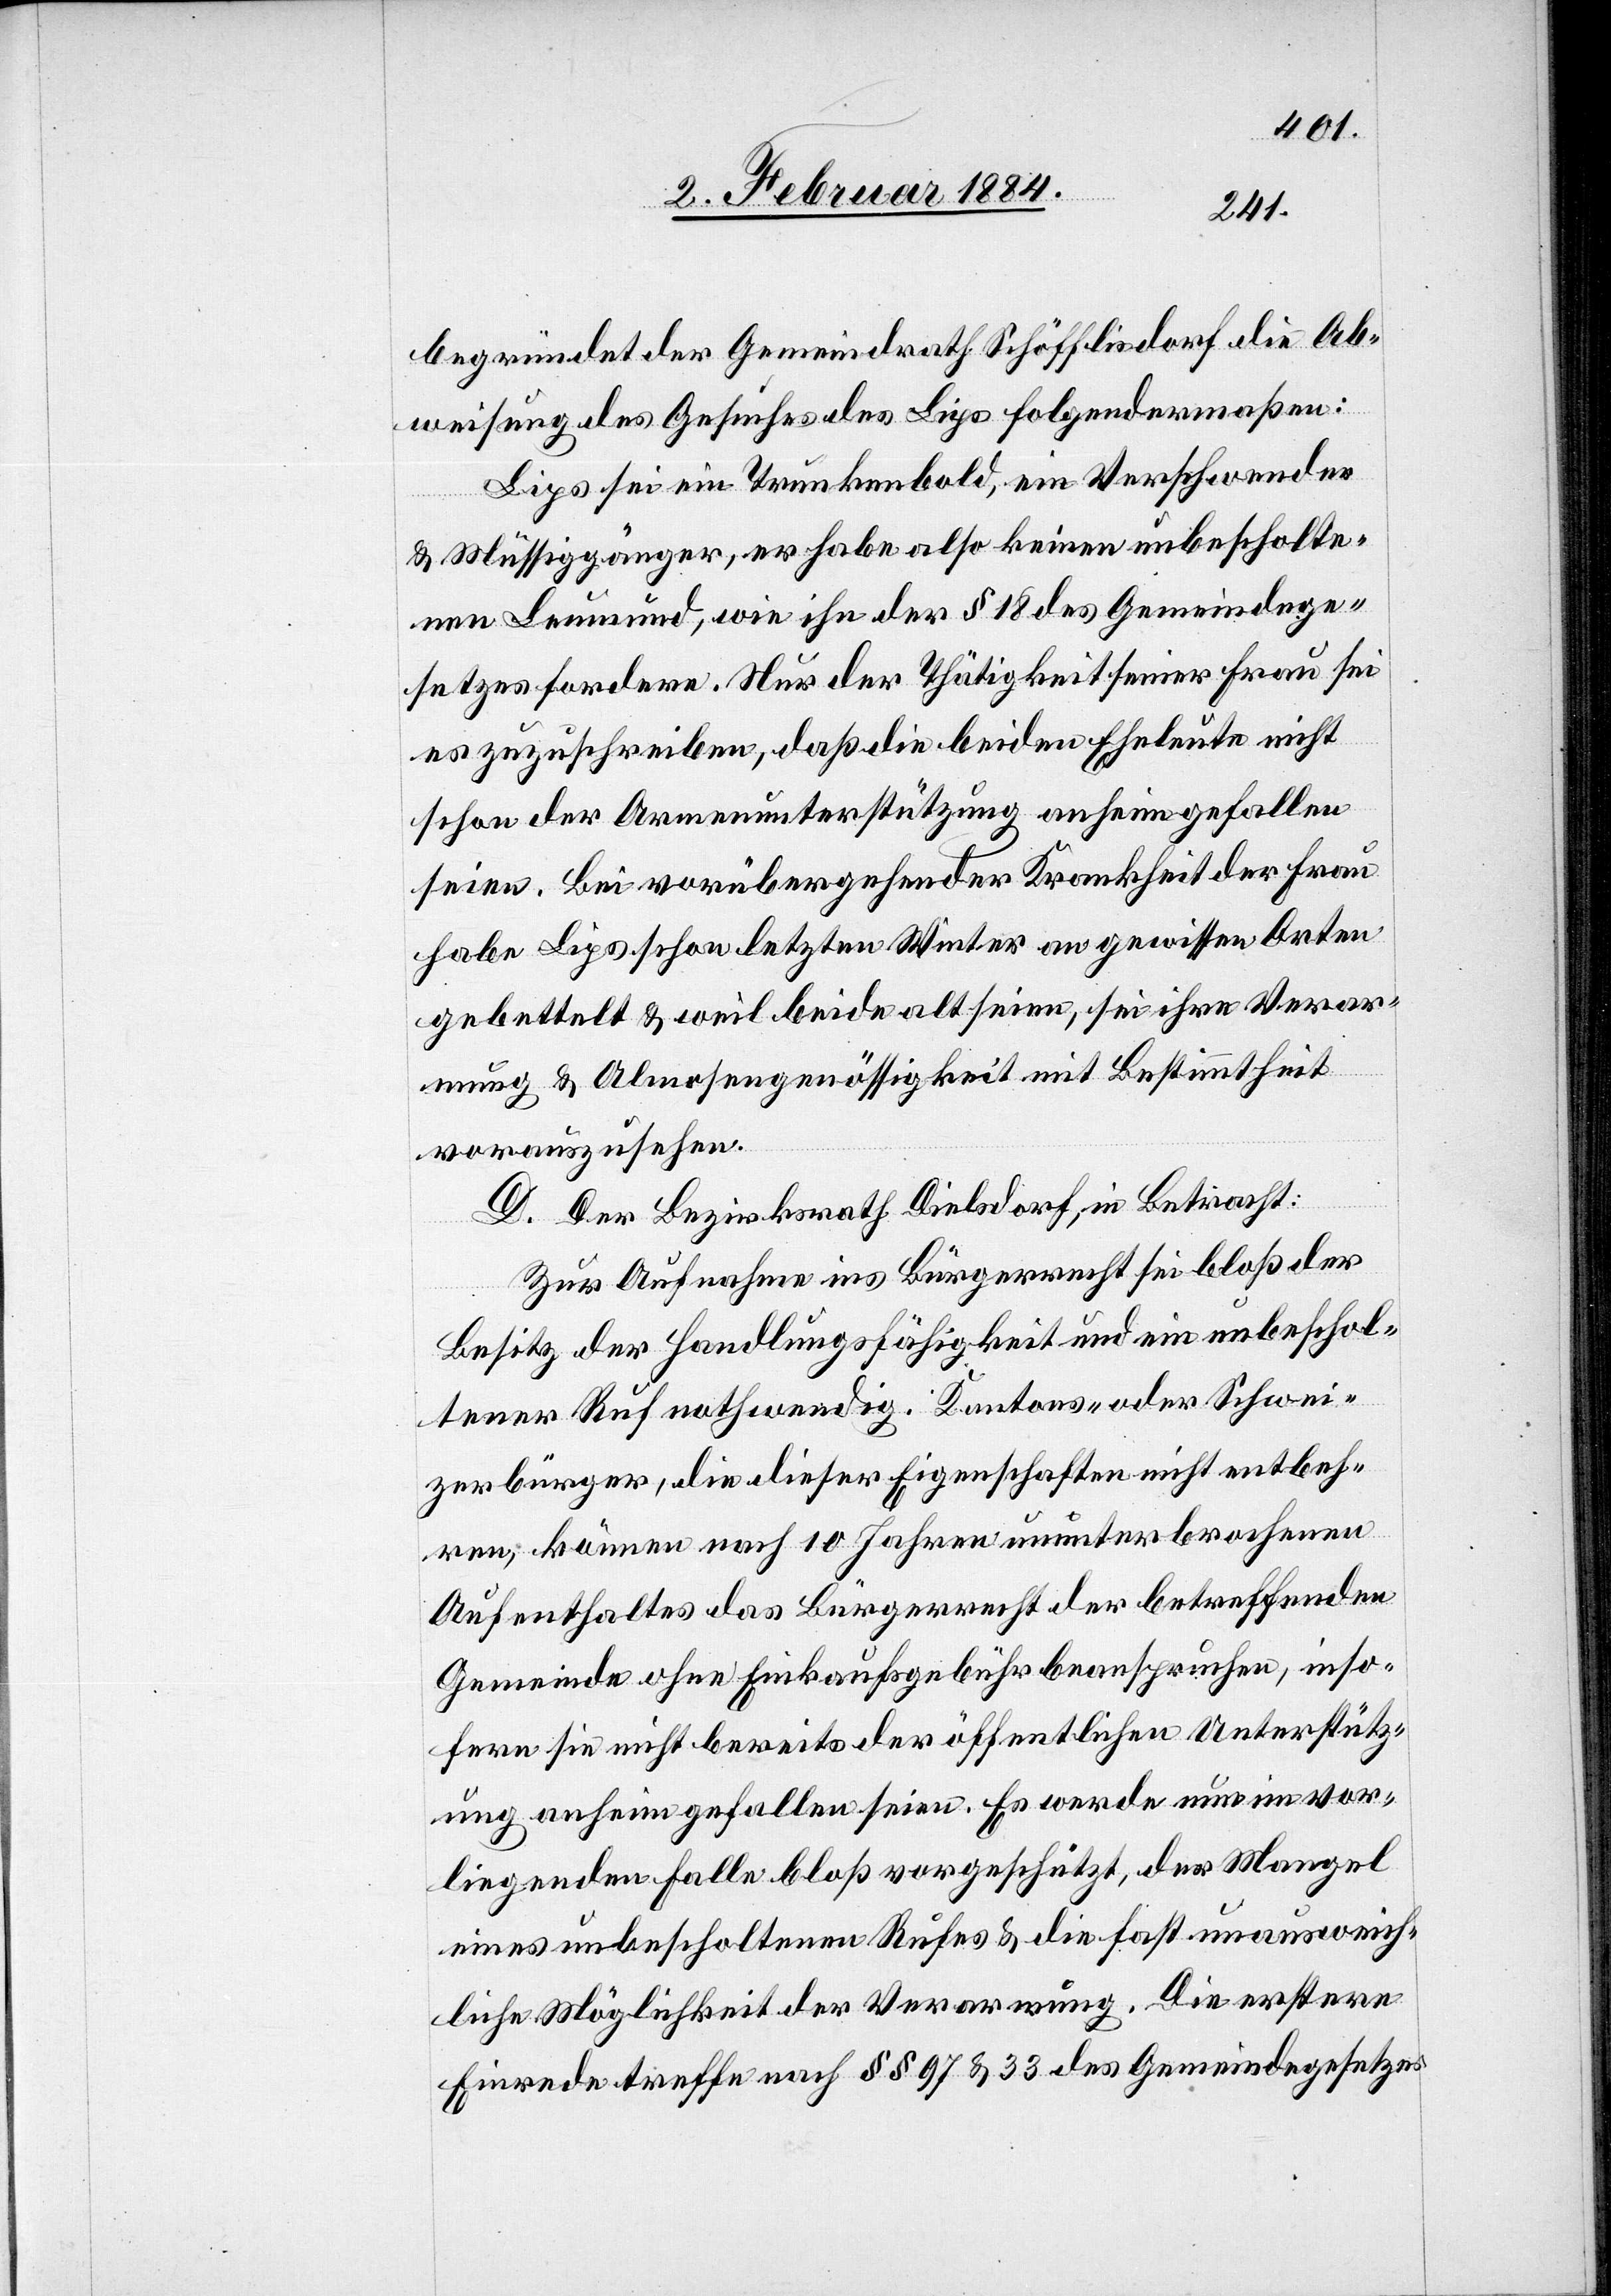
begründet der Gemeindrath Schöfflisdorf die Ab¬
weisung des Gesuches des Lips folgendermaßen:
Lips sei ein Trunkenbold, ein Verschwender
& Müßiggänger, er habe also keinen unbescholte¬
nen Leumund, wie ihn der § 18 des Gemeindge¬
setzes fordere. Nur der Thätigkeit seiner Frau sei
es zuzuschreiben, daß die beiden Eheleute nicht
schon der Armenunterstützung anheim gefallen
seien. Bei vorübergehender Krankheit der Frau
habe Lips schon letzten Winter an gewissen Orten
gebettelt & weil beide alt seien, sei ihre Verar¬
mung & Almosengenössigkeit mit Bestimmtheit
vorauszusehen.
D. Der Bezirksrath Dielsdorf, in Betracht:
Zur Aufnahme ins Bürgerrecht sei bloß der
Besitz der Handlungsfähigkeit und ein unbeschol¬
tener Ruf nothwendig. Kantons- oder Schwei¬
zerbürger, die dieser Eigenschaft nicht entbeh¬
ren, können nach 10 Jahren ununterbrochen
Aufenthaltes das Bürgerrecht der betreffenden
Gemeinde ohne Einkaufsgebühren beanspruchen, inso¬
fern sie nicht bereits der öffentlichen Unterstütz¬
ung anheim gefallen seien. Es werde nun im vor¬
liegenden Falle bloß vorgeschützt, der Mangel
eines unbescholtenen Rufes & die fast unausweich¬
liche Möglichkeit der Verarmung. Die erstere
Einrede treffe nach §§ 97 & 33 des Gemeindegesetzes